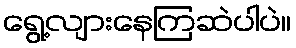
ရွေ့လျားနေကြဆဲပါပဲ။